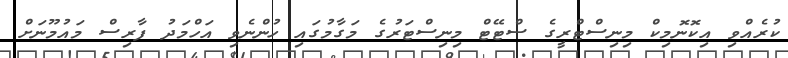
ކުރެއްވި އިކޮނޮމިކް މިނިސްޓްރީގެ ސްޓޭޓް މިނިސްޓަރުގެ މަގާމުގައި ހުންނެވި އަހްމަދު ފާރިސް މައުމޫނަށް